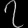
Digit: ၇